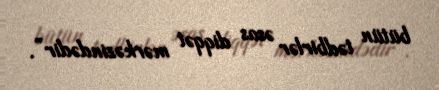
bütün tədbirlər əsas diqqət mərkəzindədir”.